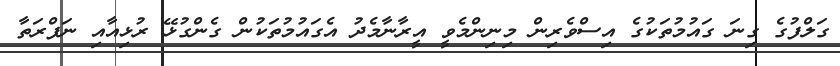
ގަލްފުގެ ގިނަ ގައުމުތަކުގެ އިސްވެރިން މިނިންމެވީ އީރާނާމެދު އެގައުމުތަކުން ގެންގުޅޭ ރުޅިއާއި ނަފްރަތާ